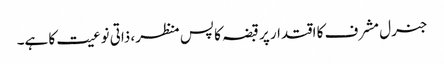
جنرل مشرف کا اقتدار پر قبضہ کا پس منظر، ذاتی نوعیت کا ہے۔